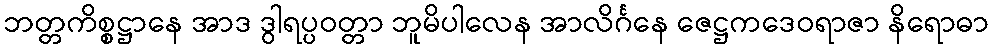
ဘတ္တကိစ္စဋ္ဌာနေ အာဒ ဒွါရပ္ပဝတ္တာ ဘူမိပါလေန အာလိင်္ဂနေ ဇေဋ္ဌကဒေဝရာဇာ နိရောဓာ